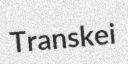
Transkei